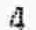
4